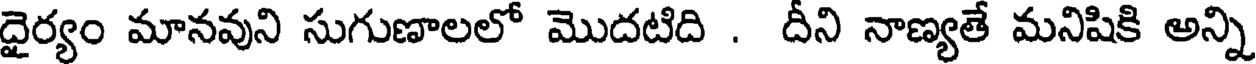
దైర్యం మానవుని సుగుణాలలో మొదటిది . దీని నాణ్యతే మనిషికి అన్ని